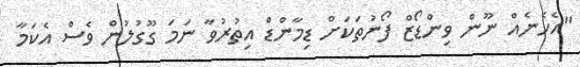
"އެހެނެއް ނޫން ވިންޑޯޒް ފޯނުތަކަށް ޑިމާންޑް އިތުރުވާ ނަމަ ގޫގުލުން ވެސް އެކަމާ